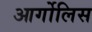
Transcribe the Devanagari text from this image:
आर्गोलिस